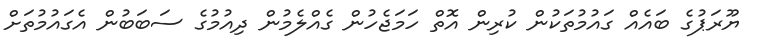
ޔޫރަޕުގެ ބައެއް ގައުމުތަކުން ކުރިން އޮތް ހަމަޖެހުން ގެއްލެމުން ދިއުމުގެ ސަބަބުން އެގައުމުތަަށް